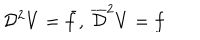
{ \cal D } ^ { 2 } V = \bar { f } , \ \overline { { { \cal D } } } ^ { 2 } V = f